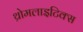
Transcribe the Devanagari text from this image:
थ्रोमलाइटिक्स